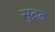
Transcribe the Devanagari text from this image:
सुद्रढ